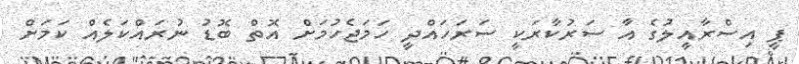
ޕީ އިސްރާއީލުގެ އާ ސަރުކާރަކީ ސަރަހައްދީ ހަމަޖެހުމަށް އޮތް ބޮޑު ނުރައްކަލެއް ކަމަށް